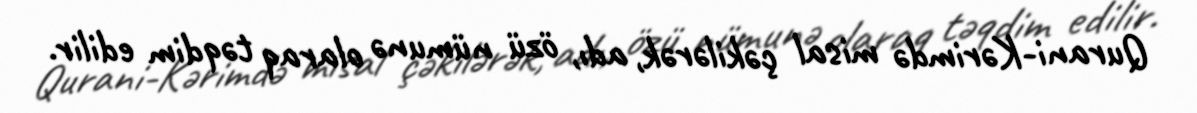
Qurani-Kərimdə misal çəkilərək, adı, özü nümunə olaraq təqdim edilir.